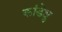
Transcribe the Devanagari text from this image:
कांडेक्षु